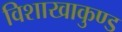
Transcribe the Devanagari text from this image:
विशाखाकुण्ड